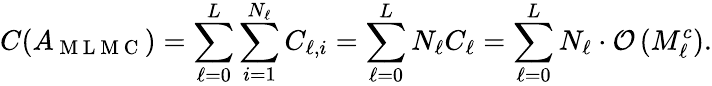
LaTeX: C(A_{\mathrm{~M~L~M~C~}})=\sum_{\ell=0}^{L}\sum_{i=1}^{N_{\ell}}C_{\ell,i}=\sum_{\ell=0}^{L}N_{\ell}C_{\ell}=\sum_{\ell=0}^{L}N_{\ell}\cdot\mathcal{O}\left(M_{\ell}^{c}\right).